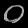
Digit: ၀